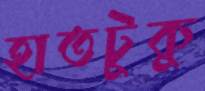
হাতটুকু